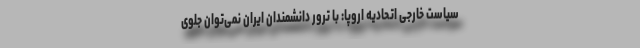
سیاست خارجی اتحادیه اروپا: با ترور دانشمندان ایران نمی‌توان جلوی